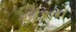
બકાન